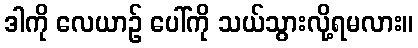
ဒါကို လေယာဉ် ပေါ်ကို သယ်သွားလို့ရမလား။